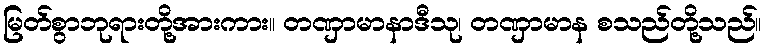
မြတ်စွာဘုရားတို့အားကား။ တဏှာမာနာဒီသု၊ တဏှာမာန စသည်တို့သည်။